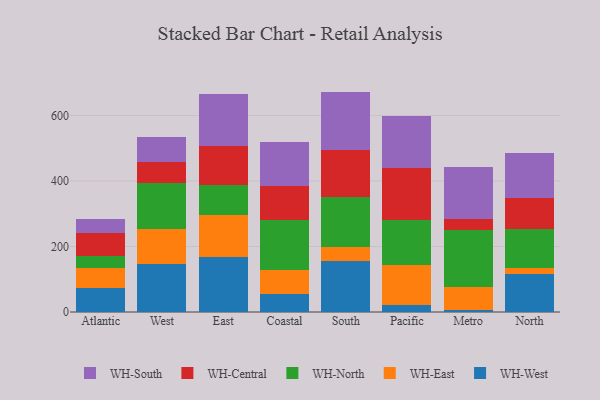
{"axis": {"x": "Region", "y": "Website Visitors"}, "legend": ["WH-Central", "WH-East", "WH-North", "WH-South", "WH-West"], "data": [{"x": "Atlantic", "y": 73.4, "type": "WH-West"}, {"x": "Atlantic", "y": 61.6, "type": "WH-East"}, {"x": "Atlantic", "y": 35.7, "type": "WH-North"}, {"x": "Atlantic", "y": 69.5, "type": "WH-Central"}, {"x": "Atlantic", "y": 43.3, "type": "WH-South"}, {"x": "West", "y": 146.9, "type": "WH-West"}, {"x": "West", "y": 108.0, "type": "WH-East"}, {"x": "West", "y": 139.5, "type": "WH-North"}, {"x": "West", "y": 65.1, "type": "WH-Central"}, {"x": "West", "y": 74.6, "type": "WH-South"}, {"x": "East", "y": 167.8, "type": "WH-West"}, {"x": "East", "y": 129.3, "type": "WH-East"}, {"x": "East", "y": 90.6, "type": "WH-North"}, {"x": "East", "y": 118.9, "type": "WH-Central"}, {"x": "East", "y": 158.8, "type": "WH-South"}, {"x": "Coastal", "y": 56.3, "type": "WH-West"}, {"x": "Coastal", "y": 72.5, "type": "WH-East"}, {"x": "Coastal", "y": 151.9, "type": "WH-North"}, {"x": "Coastal", "y": 105.1, "type": "WH-Central"}, {"x": "Coastal", "y": 132.0, "type": "WH-South"}, {"x": "South", "y": 155.3, "type": "WH-West"}, {"x": "South", "y": 43.0, "type": "WH-East"}, {"x": "South", "y": 152.3, "type": "WH-North"}, {"x": "South", "y": 145.2, "type": "WH-Central"}, {"x": "South", "y": 177.2, "type": "WH-South"}, {"x": "Pacific", "y": 21.7, "type": "WH-West"}, {"x": "Pacific", "y": 120.8, "type": "WH-East"}, {"x": "Pacific", "y": 137.4, "type": "WH-North"}, {"x": "Pacific", "y": 160.7, "type": "WH-Central"}, {"x": "Pacific", "y": 157.6, "type": "WH-South"}, {"x": "Metro", "y": 6.5, "type": "WH-West"}, {"x": "Metro", "y": 71.2, "type": "WH-East"}, {"x": "Metro", "y": 173.9, "type": "WH-North"}, {"x": "Metro", "y": 33.7, "type": "WH-Central"}, {"x": "Metro", "y": 157.3, "type": "WH-South"}, {"x": "North", "y": 115.9, "type": "WH-West"}, {"x": "North", "y": 17.9, "type": "WH-East"}, {"x": "North", "y": 121.1, "type": "WH-North"}, {"x": "North", "y": 93.1, "type": "WH-Central"}, {"x": "North", "y": 136.2, "type": "WH-South"}]}